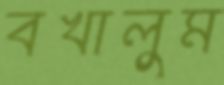
বখালুম